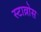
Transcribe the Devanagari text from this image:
स्टाव्रोस